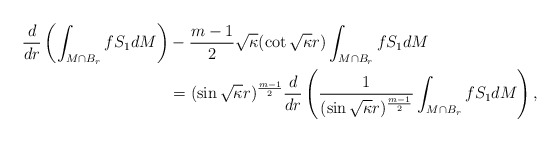
\begin{align*}\dfrac{d}{dr}\left(\int_{M\cap B_r} fS_1 dM\right) &- \frac{m-1}{2}\sqrt{\kappa}(\cot\sqrt{\kappa}r)\int_{M\cap B_r} fS_1 dM\\& = (\sin \sqrt{\kappa}r)^{\frac{m-1}{2}}\dfrac{d}{dr}\left(\frac{1}{(\sin\sqrt{\kappa} r)^{\frac{m-1}{2}}}\int_{M\cap B_r} fS_1 dM\right),\\\end{align*}